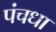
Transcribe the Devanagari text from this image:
पंचधा